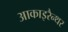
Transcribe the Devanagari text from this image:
आकाइरैन्थर